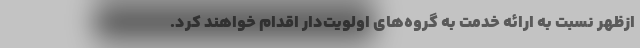
ازظهر نسبت به ارائه خدمت به گروه‌های اولویت‌دار اقدام خواهند کرد.